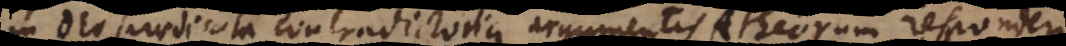
in Deo praedicata contradictoria argumentis Atheorum responderi